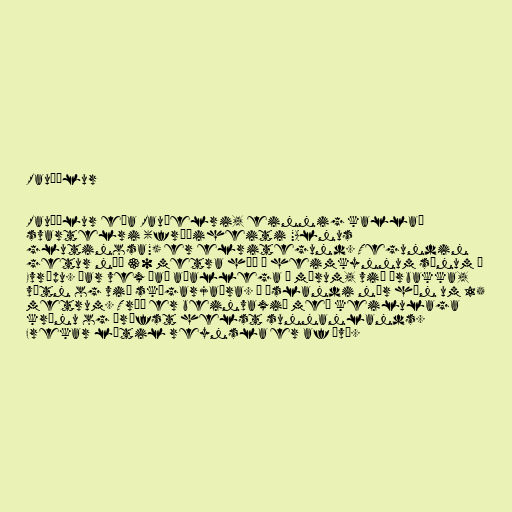
Rauðölur

Rauðölur eða Rauðelri, einnig kallað
svartelri (fræðiheiti "Alnus
glutinosa") er elritegund. Tegundin
getur náð 30 metra hæð í heimkynnum sínum í
Evrópu. Þar vex það aðallega í mýrum, við árbakka,
vötn og við skógarjaðra. Á Íslandi nær hún um 15
metrum. Tréð er beinvaxið með keilulaga
krónu og þrífst helst sunnanlands.
Frekar lítil reynsla er af því.